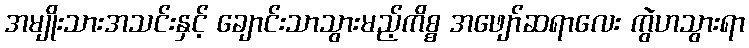
အမျိုးသားအသင်းနှင့် ချောင်းသာသွားမည့်ကိစ္စ အဖျော်ဆရာလေး ကွဲဟသွားရာ